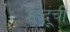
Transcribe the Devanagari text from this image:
हिदूंची